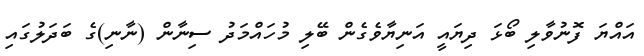
އައްޔަ ފޮނުވާލި ބޯޅަ ދިޔައީ އަނިޔާވެގެން ބޭލި މުހައްމަދު ސިނާން (ނާނި)ގެ ބަދަލުގައި